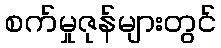
စက်မှုဇုန်များတွင်